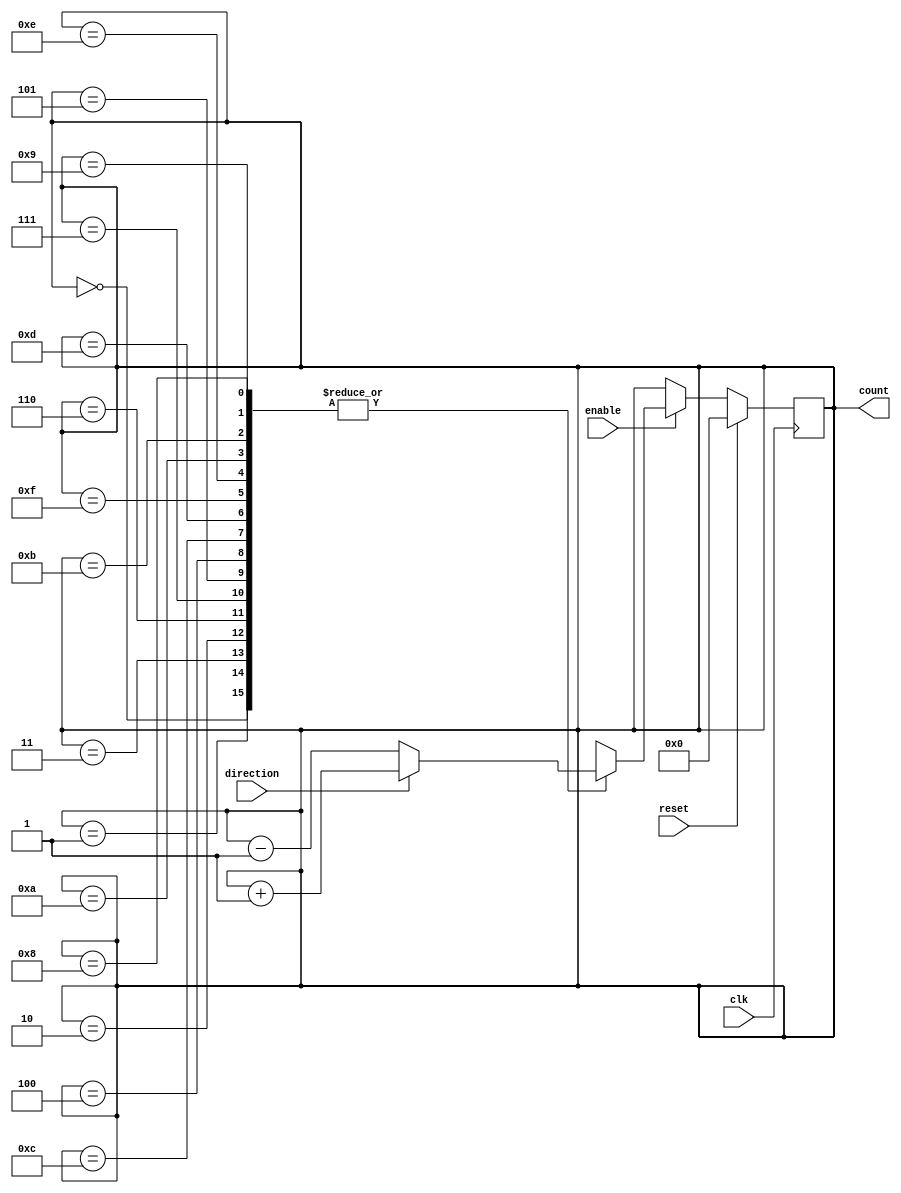
module Bidirectional_Gray_Counter (
    input wire clk,
    input wire reset,
    input wire enable,
    input wire direction,
    output reg [3:0] count
);

reg [3:0] next_count;

always @(posedge clk) begin
    if (reset) begin
        count <= 4'b0000;
    end else if (enable) begin
        if (direction) begin
            next_count = count + 1;
        end else begin
            next_count = count - 1;
        end
        
        case (count)
            4'b0000: count <= next_count;
            4'b0001: count <= next_count;
            4'b0011: count <= next_count;
            4'b0010: count <= next_count;
            4'b0110: count <= next_count;
            4'b0111: count <= next_count;
            4'b0101: count <= next_count;
            4'b0100: count <= next_count;
            4'b1100: count <= next_count;
            4'b1101: count <= next_count;
            4'b1111: count <= next_count;
            4'b1110: count <= next_count;
            4'b1010: count <= next_count;
            4'b1011: count <= next_count;
            4'b1001: count <= next_count;
            4'b1000: count <= next_count;
        endcase
    end
end

endmodule